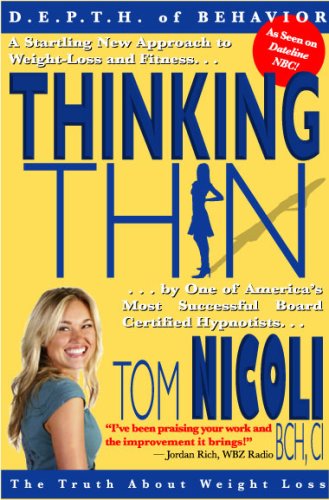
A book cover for Thinking Thin; Tom Nicoli; Health, Fitness & Dieting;